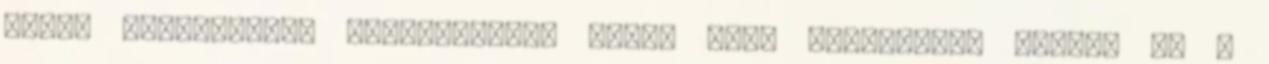
nyújt támogatást, képzéseikhez pedig nagy segítséget jelent az a